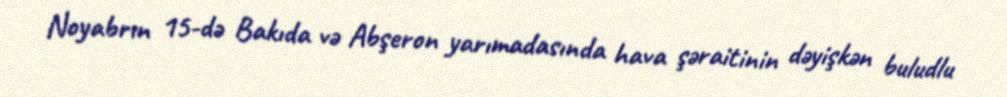
Noyabrın 15-də Bakıda və Abşeron yarımadasında hava şəraitinin dəyişkən buludlu